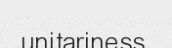
unitariness